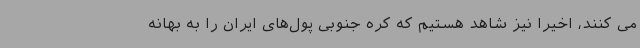
می کنند، اخیرا نیز شاهد هستیم که کره جنوبی پول‌های ایران را به بهانه